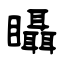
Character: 𥍉